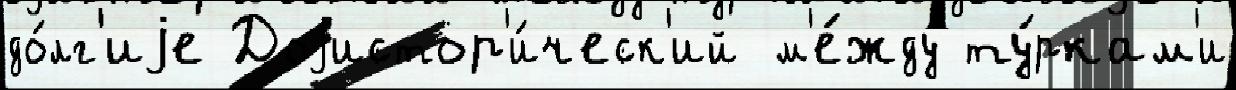
до́лг'иjе Доjистор'и́ческ'ий м'е́жду ту́ркам'и